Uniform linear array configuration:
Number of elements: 8
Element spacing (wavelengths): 0.25
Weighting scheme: hamming
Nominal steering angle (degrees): -15
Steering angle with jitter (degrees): -13.761
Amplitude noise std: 0.05
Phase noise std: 0.05

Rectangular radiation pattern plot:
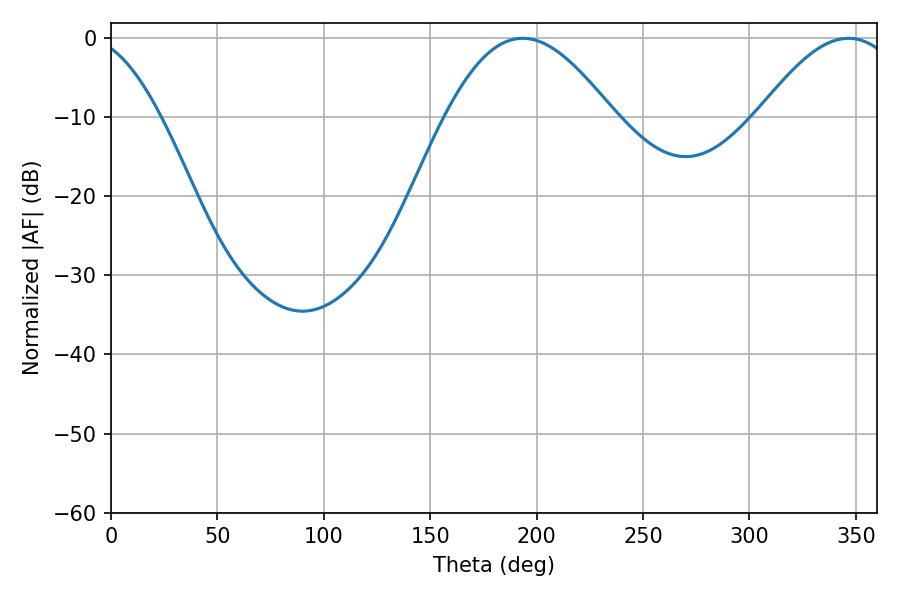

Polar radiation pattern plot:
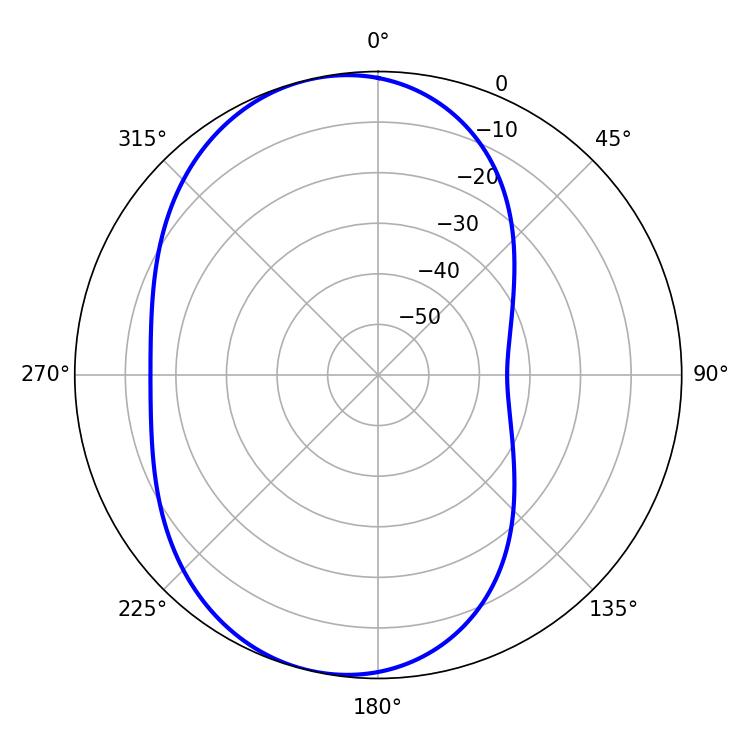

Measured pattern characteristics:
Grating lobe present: FALSE
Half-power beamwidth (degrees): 42.66
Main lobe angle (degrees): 193.5